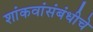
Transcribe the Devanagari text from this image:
शांकवांसंबंधीचे